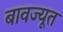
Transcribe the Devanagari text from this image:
बावज्यूत